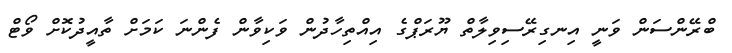
ބްރޭންސަން ވަނީ އިނގިރޭސިވިލާތް ޔޫރަޕްގެ އިއްތިހާދުން ވަކިވާން ފެންނަ ކަމަށް ތާއީދުކޮށް ވޯޓް